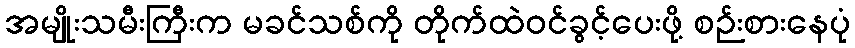
အမျိုးသမီးကြီးက မခင်သစ်ကို တိုက်ထဲဝင်ခွင့်ပေးဖို့ စဉ်းစားနေပုံ